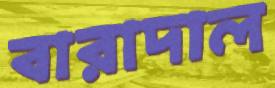
বারাদাল